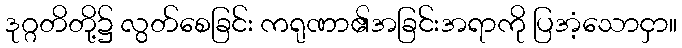
ဒုဂ္ဂတိတို့၌ လွတ်စေခြင်း ကရုဏာ၏အခြင်းအရာကို ပြအံ့သောငှာ။